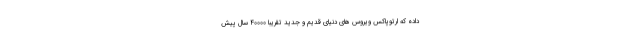
داده که ارتوپاکس ویروس های دنیای قدیم و جدید تقریباً ۴۰۰۰۰ سال پیش